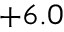
+ 6 . 0